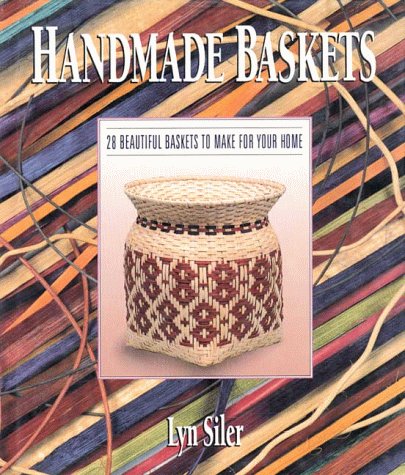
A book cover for Handmade Baskets: 28 Beautiful Baskets to Make for Your Home; Lyn Siler; Crafts, Hobbies & Home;